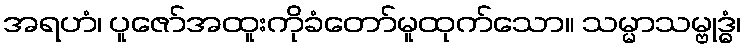
အရဟံ၊ ပူဇော်အထူးကိုခံတော်မူထုက်သော။ သမ္မာသမ္ဗုဒ္ဓံ၊